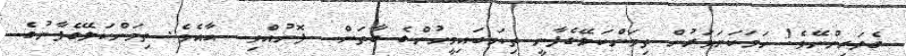
ގެދަރިންނޭވެ! ހަމަކަށަވަރުން ތިމަންކަލޭގެފާނީ ތިޔަބައިމީހުންގެ ގާތަށް  ފޮނުއްވި  އާއެވެ. ތިމަންކަލޭގެފާނުގެ